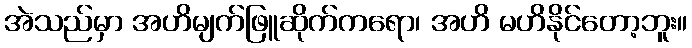
အဲသည်မှာ အဟိမျက်ဖြူဆိုက်ကရော၊ အဟိ မဟိနိုင်တော့ဘူး။